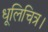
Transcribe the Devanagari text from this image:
धूलिचित्र।